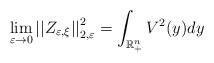
LaTeX: \begin{align*}\lim_{\varepsilon\rightarrow0}\left\vert \left\vert Z_{\varepsilon,\xi}\right\vert \right\vert _{2,\varepsilon}^{2}=\int_{\mathbb{R}_{+}^{n}}V^{2}(y)dy\end{align*}